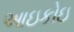
આઇકોઇ